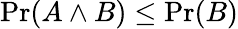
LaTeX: \operatorname*{Pr}(A\land B)\leq\operatorname*{Pr}(B)